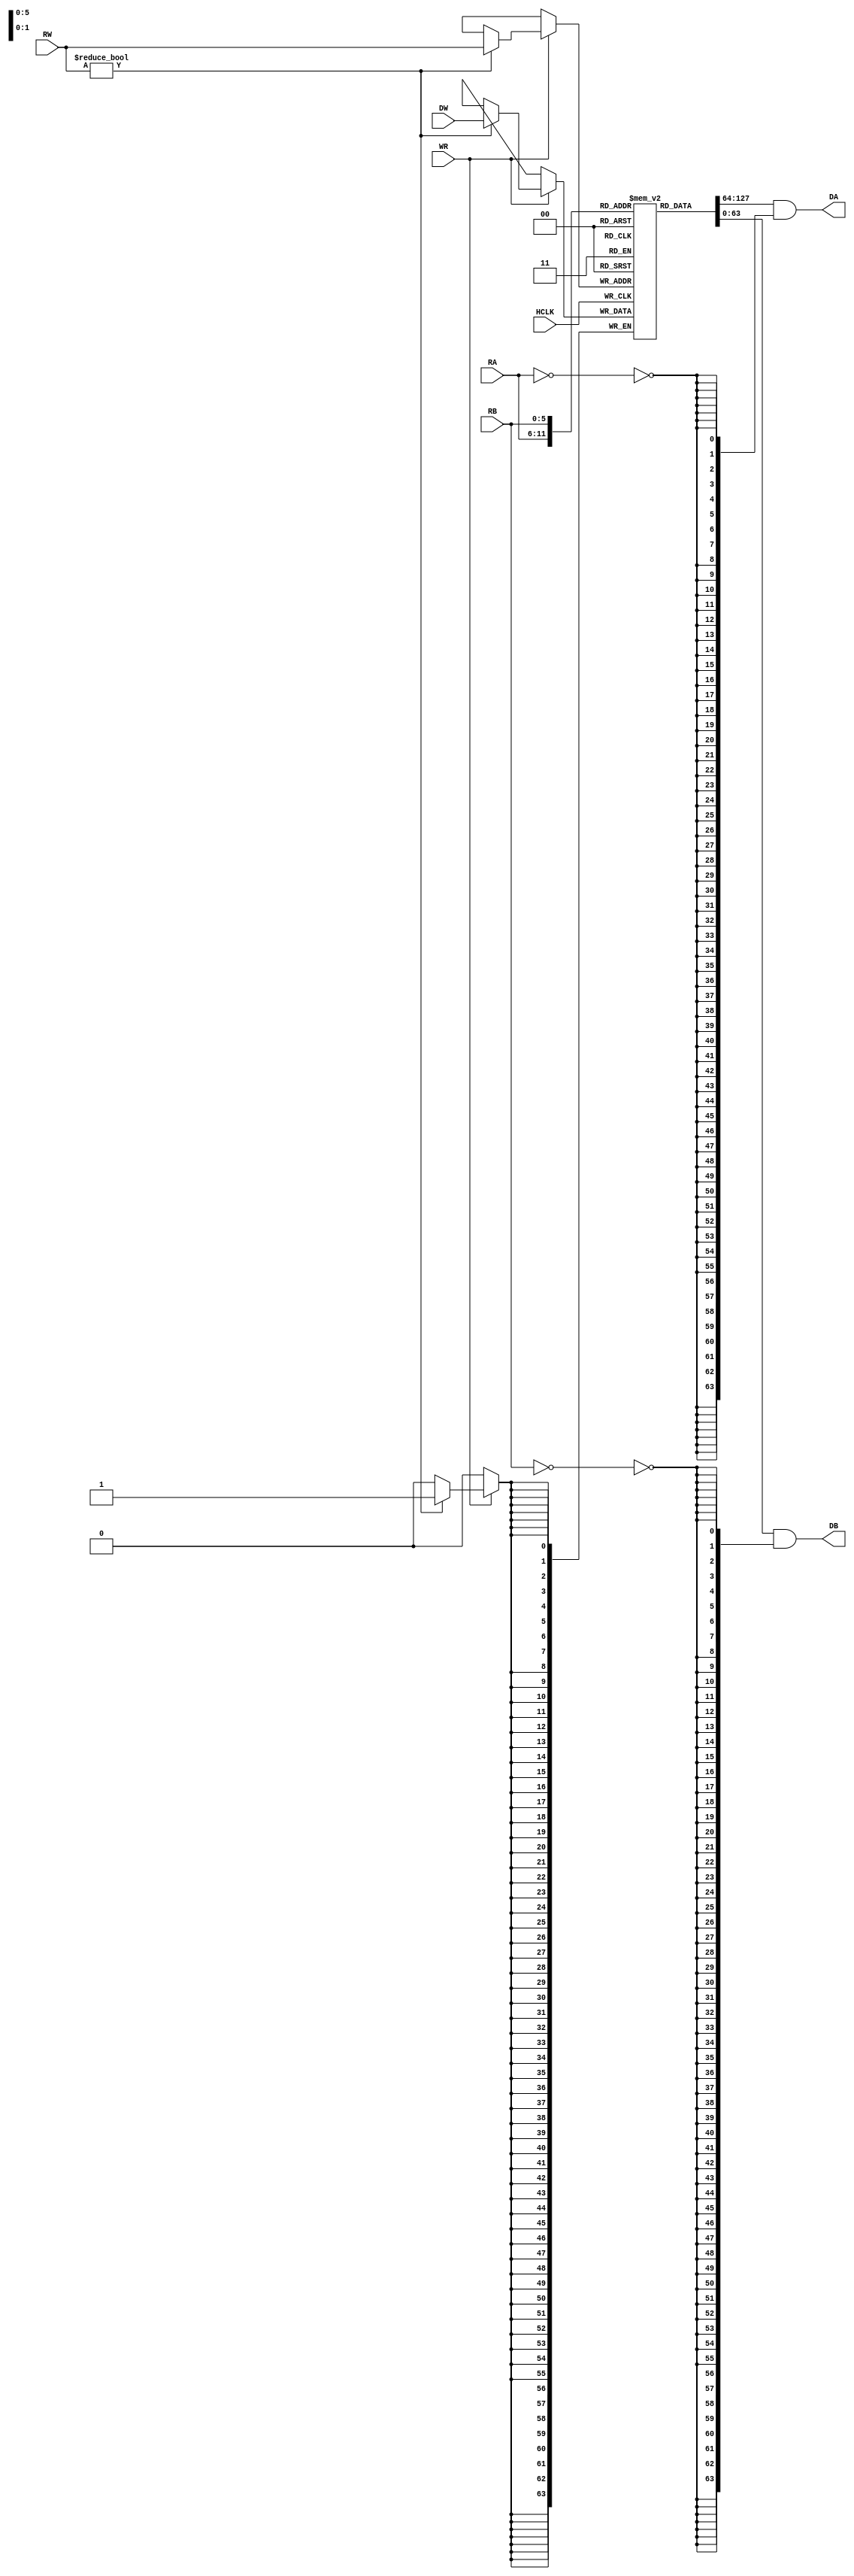
module rf_64x64 (
	input			HCLK,							// System clock
	input			WR,
	input [ 5:0]	RA,
	input [ 5:0]	RB,
	input [ 5:0]	RW,
	input [63:0]	DW, 
	output [63:0]	DA, 
	output [63:0]	DB
);
 	reg [63:0] RF [63:0];

	assign DA = RF[RA] & {64{~(RA==6'd0)}};
	assign DB = RF[RB] & {64{~(RB==6'd0)}};
	
	always @ (posedge HCLK) 
		if(WR)
			if(RW!=6'd0) begin 
				RF[RW] <= DW;
				//#1 $display("Write: RF[%d]=0x%X []", RW, RF[RW]);
			end
endmodule